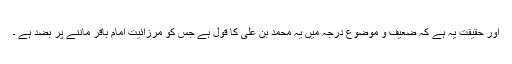
اور حقیقت یہ ہے کہ ضعیف و موضوع درجہ میں یہ محمد بن علی کا قول ہے جس کو مرزائیت امام باقر ماننے پر بضد ہے ۔